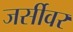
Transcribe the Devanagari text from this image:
जर्सीवर